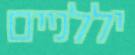
יללניים